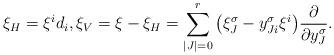
LaTeX: \begin{gather*}\xi_H = \xi^i d_i , \xi_V = \xi - \xi_H = \sum_{|J|=0}^r \big(\xi^\sigma_{J} - y^\sigma_{Ji}\xi^i\big) \frac{\partial}{\partial y^\sigma_J}.\end{gather*}